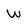
Character: w